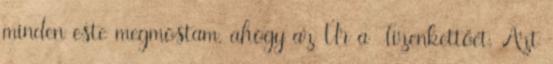
minden este megmostam, ahogy az Úr a Tizenkettőét. Azt